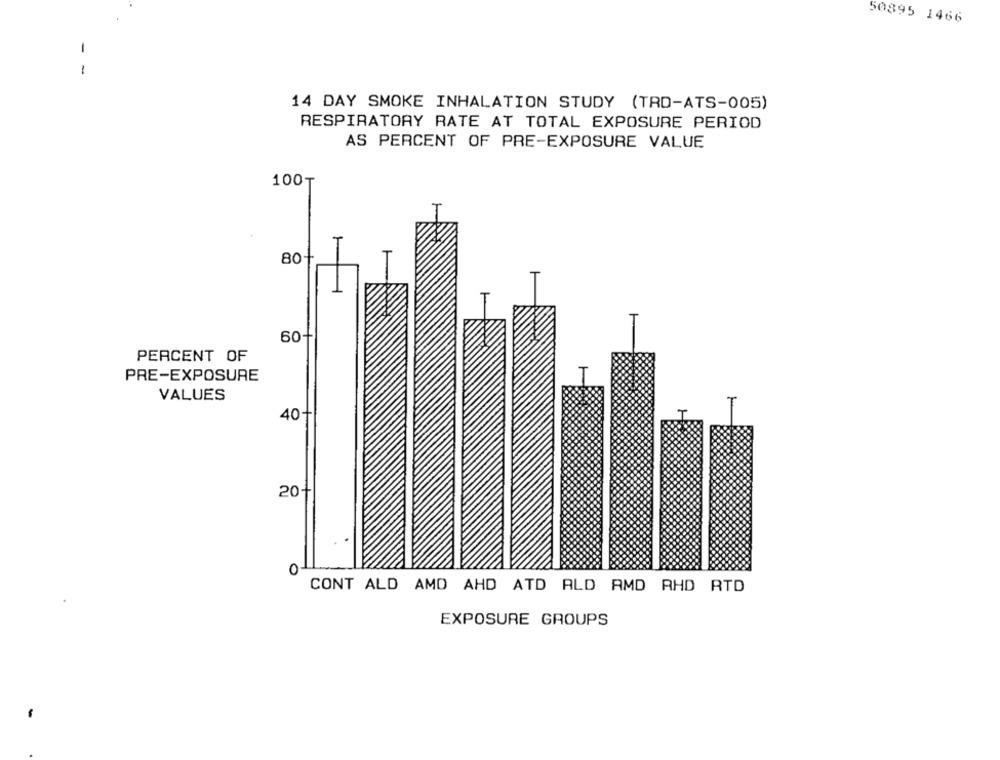
50895 1466
-
14 DAY SMOKE INHALATION STUDY (TRD-ATS-005)
RESPIRATORY RATE AT TOTAL EXPOSURE PERIOD
AS PERCENT OF PRE-EXPOSURE VALUE
100T
1
80
60+
PERCENT OF
PRE-EXPOSURE
VALUES
40-
20-
CONT ALD AMD AHD ATD ALD AMD AHD RTD
EXPOSURE GROUPS